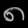
Digit: ၈